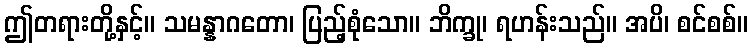
ဤတရားတို့နှင့်။ သမန္နာဂတော၊ ပြည့်စုံသော။ ဘိက္ခု၊ ရဟန်းသည်။ အပိ၊ စင်စစ်။